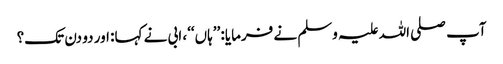
آپ صلی اللہ علیہ وسلم نے فرمایا: ’’ہاں‘‘، ابی نے کہا: اور دو دن تک؟